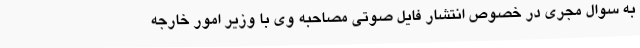
به سوال مجری در خصوص انتشار فایل صوتی مصاحبه وی با وزیر امور خارجه